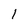
Character: l